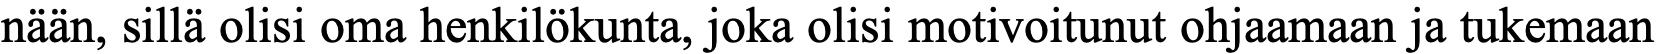
nään, sillä olisi oma henkilökunta, joka olisi motivoitunut ohjaamaan ja tukemaan